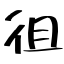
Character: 徂